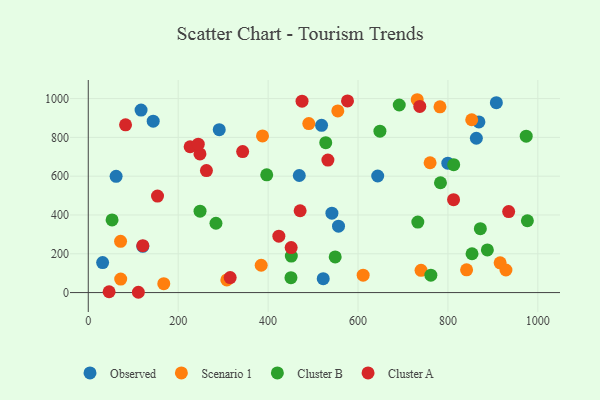
{"axis": {"x": "Speed", "y": "Salary"}, "legend": ["Cluster A", "Cluster B", "Observed", "Scenario 1"], "data": [{"x": "291.3", "y": 839.6, "type": "Observed"}, {"x": "799.7", "y": 667.0, "type": "Observed"}, {"x": "61.9", "y": 599.2, "type": "Observed"}, {"x": "868.9", "y": 879.9, "type": "Observed"}, {"x": "863.2", "y": 795.6, "type": "Observed"}, {"x": "117.4", "y": 940.6, "type": "Observed"}, {"x": "643.8", "y": 600.8, "type": "Observed"}, {"x": "518.9", "y": 862.1, "type": "Observed"}, {"x": "469.3", "y": 603.5, "type": "Observed"}, {"x": "556.6", "y": 342.4, "type": "Observed"}, {"x": "522.6", "y": 71.6, "type": "Observed"}, {"x": "541.9", "y": 409.5, "type": "Observed"}, {"x": "31.9", "y": 154.7, "type": "Observed"}, {"x": "907.7", "y": 979.1, "type": "Observed"}, {"x": "144.4", "y": 883.7, "type": "Observed"}, {"x": "121.3", "y": 238.6, "type": "Observed"}, {"x": "384.6", "y": 140.7, "type": "Scenario 1"}, {"x": "852.9", "y": 890.9, "type": "Scenario 1"}, {"x": "916.1", "y": 153.4, "type": "Scenario 1"}, {"x": "740.2", "y": 114.8, "type": "Scenario 1"}, {"x": "167.9", "y": 45.6, "type": "Scenario 1"}, {"x": "611.4", "y": 89.4, "type": "Scenario 1"}, {"x": "731.7", "y": 994.1, "type": "Scenario 1"}, {"x": "72.1", "y": 69.4, "type": "Scenario 1"}, {"x": "490.5", "y": 871.3, "type": "Scenario 1"}, {"x": "841.5", "y": 117.0, "type": "Scenario 1"}, {"x": "308.2", "y": 65.3, "type": "Scenario 1"}, {"x": "929.0", "y": 116.3, "type": "Scenario 1"}, {"x": "387.5", "y": 807.3, "type": "Scenario 1"}, {"x": "555.0", "y": 936.5, "type": "Scenario 1"}, {"x": "782.3", "y": 957.7, "type": "Scenario 1"}, {"x": "760.3", "y": 669.2, "type": "Scenario 1"}, {"x": "71.8", "y": 263.9, "type": "Scenario 1"}, {"x": "450.8", "y": 76.6, "type": "Cluster B"}, {"x": "691.7", "y": 966.8, "type": "Cluster B"}, {"x": "248.6", "y": 419.8, "type": "Cluster B"}, {"x": "853.6", "y": 200.1, "type": "Cluster B"}, {"x": "974.1", "y": 806.0, "type": "Cluster B"}, {"x": "812.8", "y": 659.1, "type": "Cluster B"}, {"x": "976.7", "y": 370.2, "type": "Cluster B"}, {"x": "528.2", "y": 772.5, "type": "Cluster B"}, {"x": "396.9", "y": 606.7, "type": "Cluster B"}, {"x": "762.0", "y": 89.5, "type": "Cluster B"}, {"x": "451.6", "y": 188.2, "type": "Cluster B"}, {"x": "549.2", "y": 183.7, "type": "Cluster B"}, {"x": "52.9", "y": 374.7, "type": "Cluster B"}, {"x": "648.7", "y": 832.2, "type": "Cluster B"}, {"x": "284.0", "y": 357.2, "type": "Cluster B"}, {"x": "872.1", "y": 329.5, "type": "Cluster B"}, {"x": "887.7", "y": 219.6, "type": "Cluster B"}, {"x": "783.4", "y": 566.2, "type": "Cluster B"}, {"x": "733.0", "y": 363.3, "type": "Cluster B"}, {"x": "46.3", "y": 4.3, "type": "Cluster A"}, {"x": "226.5", "y": 751.6, "type": "Cluster A"}, {"x": "475.5", "y": 986.4, "type": "Cluster A"}, {"x": "154.0", "y": 497.4, "type": "Cluster A"}, {"x": "111.4", "y": 1.5, "type": "Cluster A"}, {"x": "423.9", "y": 290.9, "type": "Cluster A"}, {"x": "315.6", "y": 77.1, "type": "Cluster A"}, {"x": "248.4", "y": 714.8, "type": "Cluster A"}, {"x": "576.6", "y": 987.7, "type": "Cluster A"}, {"x": "737.4", "y": 959.6, "type": "Cluster A"}, {"x": "82.9", "y": 864.6, "type": "Cluster A"}, {"x": "244.6", "y": 765.2, "type": "Cluster A"}, {"x": "533.0", "y": 683.2, "type": "Cluster A"}, {"x": "451.3", "y": 232.1, "type": "Cluster A"}, {"x": "935.1", "y": 417.7, "type": "Cluster A"}, {"x": "471.2", "y": 421.8, "type": "Cluster A"}, {"x": "262.8", "y": 628.7, "type": "Cluster A"}, {"x": "343.4", "y": 726.7, "type": "Cluster A"}, {"x": "121.3", "y": 241.7, "type": "Cluster A"}, {"x": "812.5", "y": 479.0, "type": "Cluster A"}]}